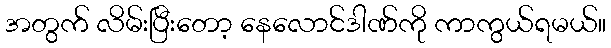
အတွက် လိမ်းပြီးတော့ နေလောင်ဒါဏ်ကို ကာကွယ်ရမယ်။